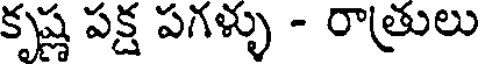
కృష్ణ పక్ష పగళ్ళు - రాత్రులు